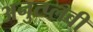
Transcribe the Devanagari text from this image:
अनुत्प्लवी